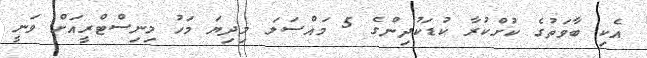
އެކި ބާވަތުގެ ކުށްކުރާ ކުޑަކުދިންގެ 5 މައްސަލަ މިދިޔަ މަހު މިނިސްޓްރީއަށް ވަނީ